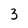
Character: 3